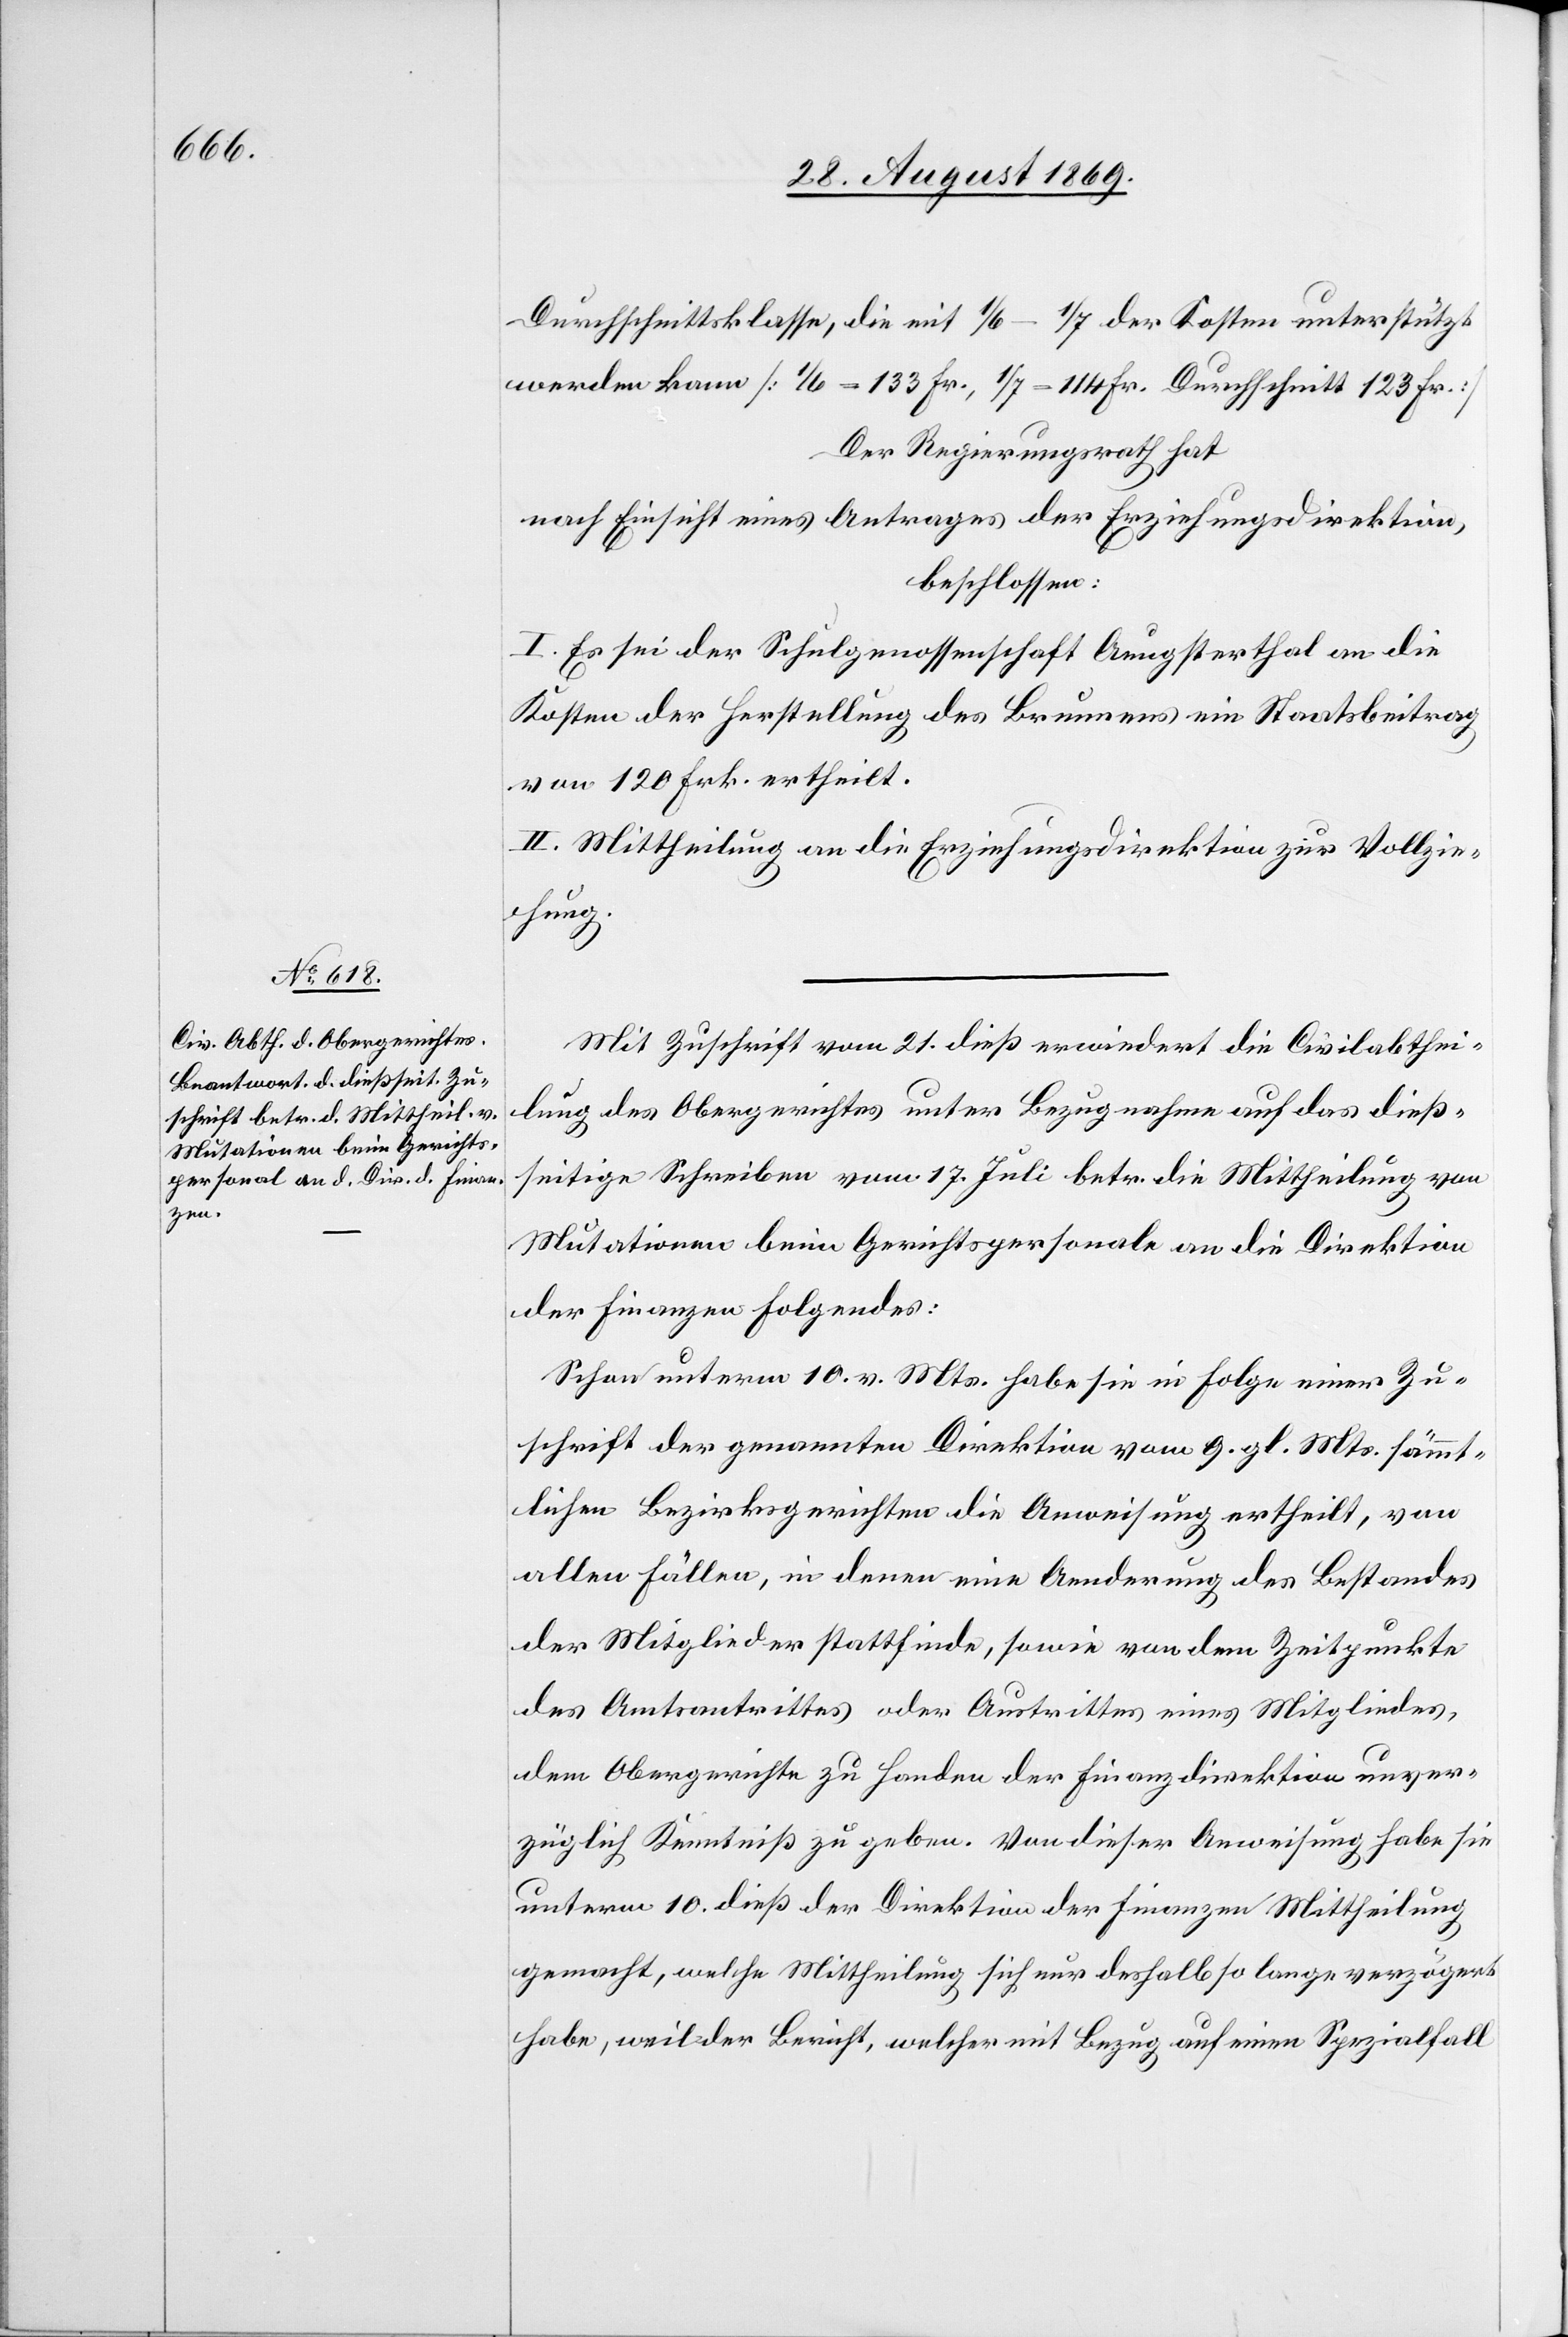
Mit Zuschrift vom 21. dieß erwiedert die Civilabthei¬
lung des Obergerichtes unter Bezugnahme auf das dieß¬
seitige Schreiben vom 17. Juli betr. die Mittheilung von
Mutationen beim Gerichtspersonale an die Direktion
der Finanzen Folgendes:
Schon unterm 10. v. Mts. habe sie in Folge einer Zu¬
schrift der genannten Direktion vom 9. gl. Mts. sämmt¬
lichen Bezirksgerichten die Anweisung ertheilt, von
allen Fällen, in denen eine Aenderung des Bestandes
der Mitglieder stattfinde, sowie von dem Zeitpunkte
des Amtsantrittes oder Austrittes eines Mitgliedes,
dem Obergerichte zu Handen der Finanzdirektion unver¬
züglich Kenntniß zu geben. Von dieser Anweisung habe sie
unterm 10. dieß der Direktion der Finanzen Mittheilung
gemacht, welche Mittheilung sich nur deshalb so lange verzögert
habe, weil der Bericht, welcher mit Bezug auf einen Spezialfall